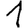
Digit: 1